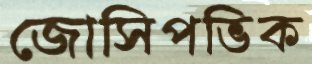
জোসিপভিক